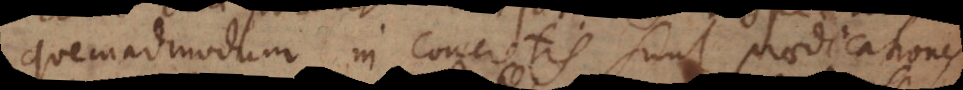
quemadmodum in concretis sunt praedicationes